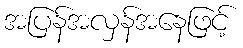
အပြန်အလှန်အနေဖြင့်